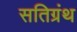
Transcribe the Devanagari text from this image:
सतिग्रंथ